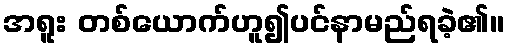
အရူး တစ်ယောက်ဟူ၍ပင်နာမည်ရခဲ့၏။